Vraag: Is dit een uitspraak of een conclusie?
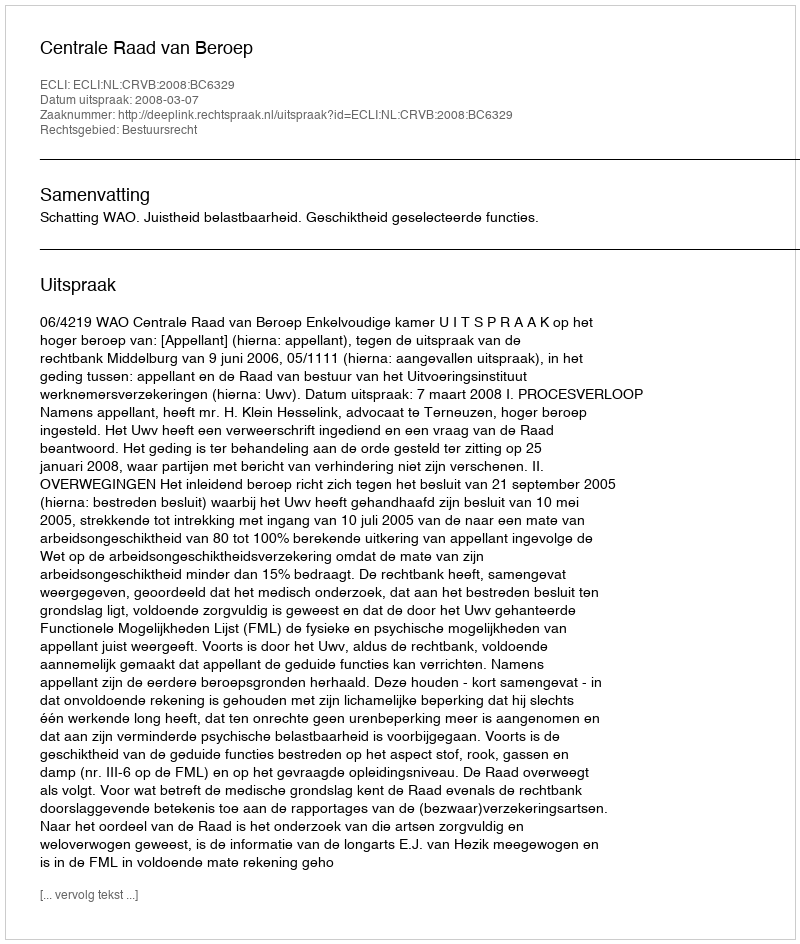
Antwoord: Uitspraak